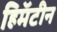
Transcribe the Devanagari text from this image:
हिमॅटीन